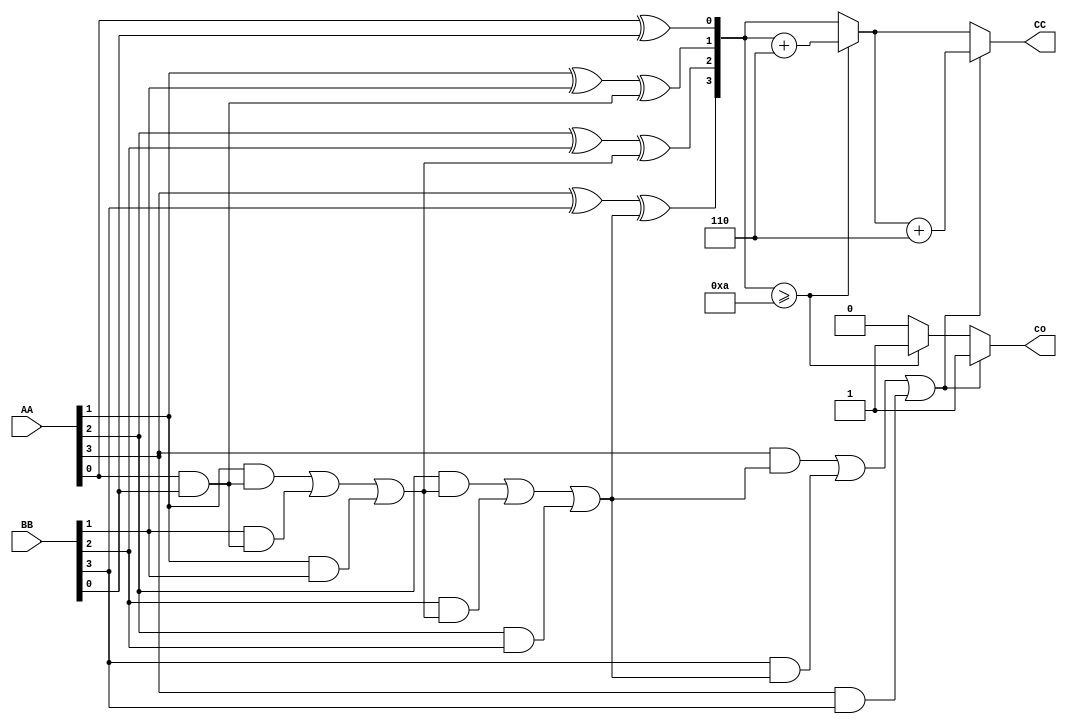
module Adder(AA,BB,CC,co);
	input [3:0]AA,BB;
	output [3:0]CC;
	output co;
	wire [3:0]temp;
	wire co1,co2,co3,co4;
		assign temp[0] = AA[0] ^ BB[0];
		assign co1 = AA[0] && BB[0];
		assign temp[1] = (AA[1] ^ BB[1]) ^ co1;
		assign co2 = (AA[1] && co1) || (BB[1] && co1) || (AA[1] && BB[1]);
		assign temp[2] = (AA[2] ^ BB[2]) ^ co2;
		assign co3 = (AA[2] && co2) || (BB[2] && co2) || (AA[2] && BB[2]);
		assign temp[3] = (AA[3] ^ BB[3]) ^ co3;
		assign co4 = (AA[3] && co3) || (BB[3] && co3) || (AA[3] && BB[3]);
	reg co;
	reg [3:0]CC;
	always @ (temp)
	begin
		CC = temp;
		if(CC >= 4'b1010)
		begin
			co = 1;
			CC = CC + 4'b0110;
		end
		else co=0;
		if(co4 == 1)
		begin
			co = 1;
			CC = CC + 4'b0110;
		end
	end
endmodule